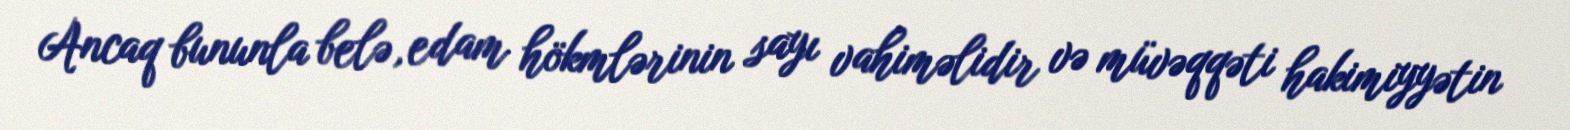
Ancaq bununla belə, edam hökmlərinin sayı vahiməlidir və müvəqqəti hakimiyyətin